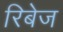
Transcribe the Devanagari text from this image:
रिबेज